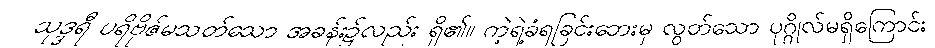
သုဒ္ဒရီ ပရိဗိုဇ်မသတ်သော အခန်း၌လည်း ရှိ၏။ ကဲ့ရဲ့ခံရခြင်းဘေးမှ လွတ်သော ပုဂ္ဂိုလ်မရှိကြောင်း